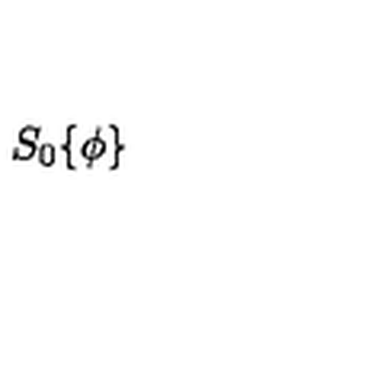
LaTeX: S _ { 0 } \{ \phi \}